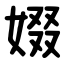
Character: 娺